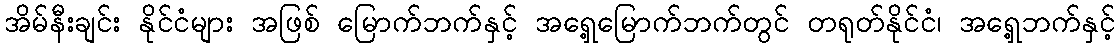
အိမ်နီးချင်း နိုင်ငံများ အဖြစ် မြောက်ဘက်နှင့် အရှေ့မြောက်ဘက်တွင် တရုတ်နိုင်ငံ၊ အရှေ့ဘက်နှင့်